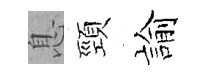
息頸諭